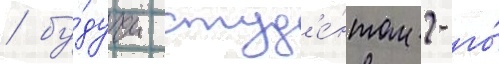
/ бу́дучи студ'е́нтом 2-го́